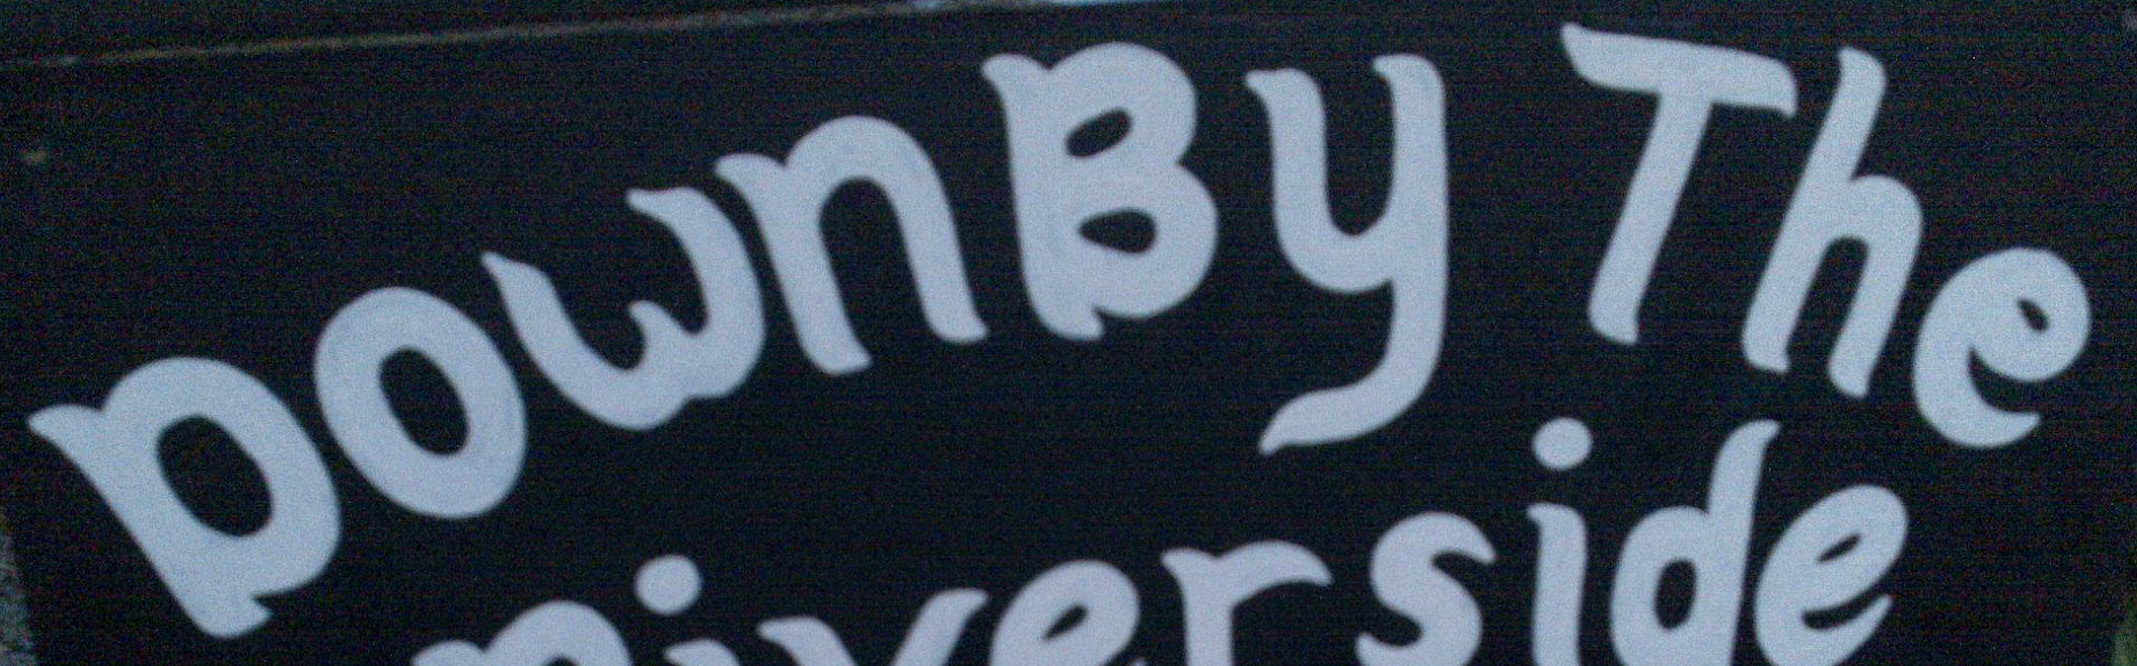
Down By The